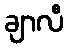
ချာလီ